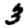
Digit: 3